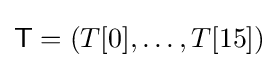
{\textsf {T}}=(T[0],\ldots ,T[15])